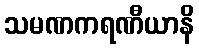
သမဏကရဏီယာနိ